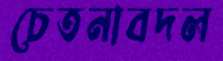
চেতনাবদল